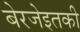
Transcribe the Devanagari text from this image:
बेरजेइतकी